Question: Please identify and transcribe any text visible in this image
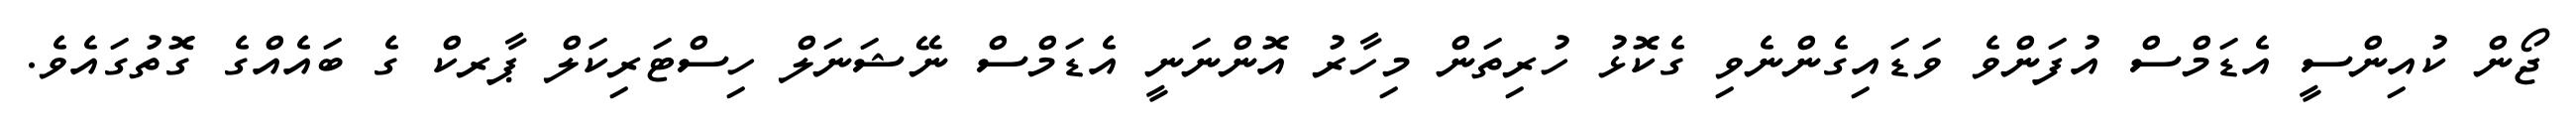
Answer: ޖޯން ކުއިންސީ އެޑަމްސް އުފަންވެ ވަޑައިގެންނެވި ގެކޮޅު ހުރިތަން މިހާރު އޮންނަނީ އެޑަމްސް ނޭޝަނަލް ހިސްޓަރިކަލް ޕާރކް ގެ ބައެއްގެ ގޮތުގައެވެ.